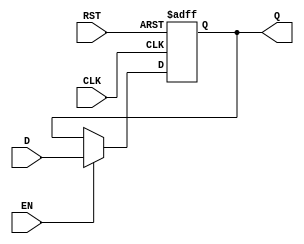
module stage_register #(
    parameter WIDTH = 8  // Parameter for the bit-width of the register
)(
    input wire [WIDTH-1:0] D,     // Data input
    input wire CLK,                // Clock input
    input wire RST,                // Reset input
    input wire EN,                 // Enable input
    output reg [WIDTH-1:0] Q       // Data output
);

    // Asynchronous reset and clocking behavior
    always @(posedge CLK or posedge RST) begin
        if (RST) begin
            Q <= {WIDTH{1'b0}};      // Reset the output to zero
        end else if (EN) begin
            Q <= D;                  // Latch the input data on clock edge if enabled
        end
        // If RST is not asserted and EN is not asserted, retain the previous value of Q
    end

endmodule